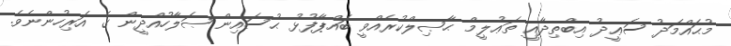
މުޙައްމަދު ސަޢީދު އިބްތިދާއީ ތަޢުލީމް ޙާޞިލްކުރެއްވީ ބައްޕާފުޅު ޙުސައިން ޞަލާހުއްދީން ގެ އަރިހުންނެވެ.